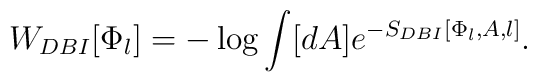
W_{DBI}[\Phi_l]=-\log\int [dA]e^{-S_{DBI}[\Phi_l,A,l]}.